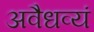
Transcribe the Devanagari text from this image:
अवैधव्यं